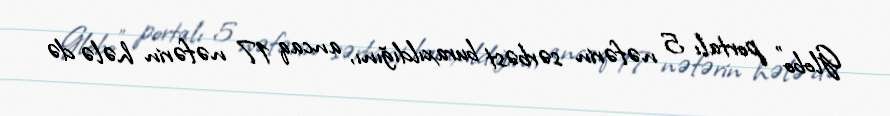
Globo" portalı 5 nəfərin sərbəst buraxıldığını, ancaq 17 nəfərin hələ də